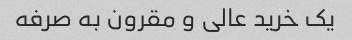
یک خرید عالی و مقرون به صرفه